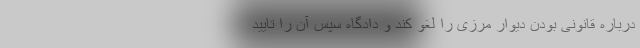
درباره قانونی بودن دیوار مرزی را لغو کند و دادگاه سپس آن را تایید